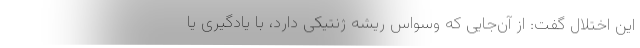
این اختلال گفت: از آن‌جایی که وسواس ریشه ژنتیکی دارد، با یادگیری یا